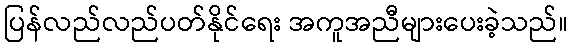
ပြန်လည်လည်ပတ်နိုင်ရေး အကူအညီများပေးခဲ့သည်။